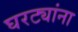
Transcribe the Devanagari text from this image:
घरट्यांना